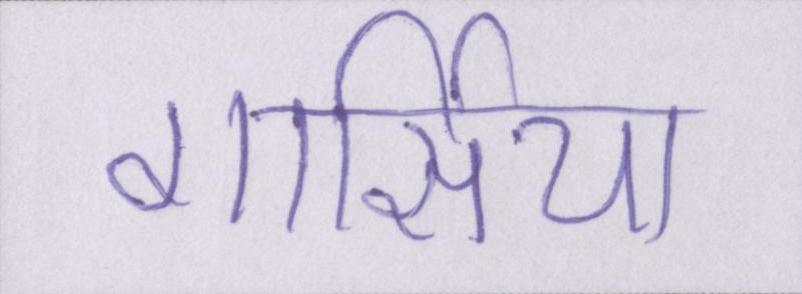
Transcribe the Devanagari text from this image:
गार्सिया